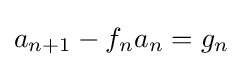
a_{n+1}-f_{n}a_{n}=g_{n}